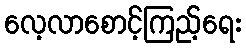
လေ့လာစောင့်ကြည့်ရေး